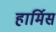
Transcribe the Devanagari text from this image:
हार्मिस